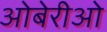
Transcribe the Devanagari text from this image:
ओबेरीओ